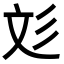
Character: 彣